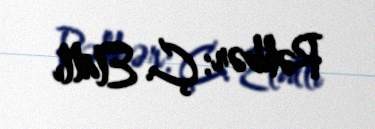
Rəhbər: Ç. Elatlı